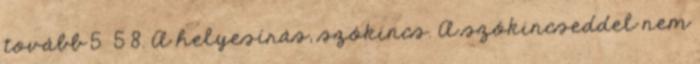
tovább 5 5 8. A helyesírás, szókincs. A szókincseddel nem